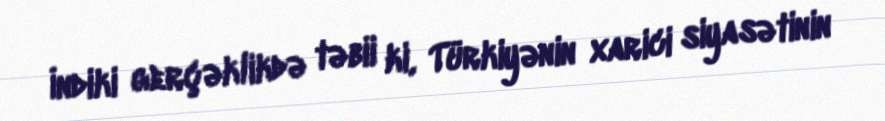
İndiki gerçəklikdə təbii ki, Türkiyənin xarici siyasətinin